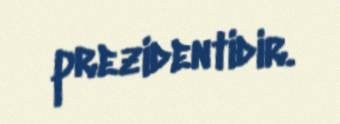
prezidentidir.